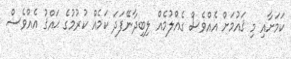
ކަމަށާއި މި ޤައުމަށް އެއްވެސް ގެއްލުމެއް ލިބިދާނޭފަދަ ކަމެއް ކުރުމުގެ ޙައްޤު އެއްވެސް